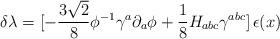
LaTeX: \begin{align*}\delta \lambda = [- {3\sqrt 2\over 8} \phi^{-1}\gamma^a \partial_a \phi +{1\over 8} H_{abc} \gamma^{abc}]\, \epsilon (x)\end{align*}